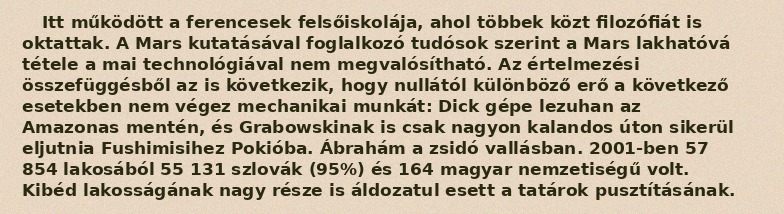
Itt működött a ferencesek felsőiskolája, ahol többek közt filozófiát is oktattak. A Mars kutatásával foglalkozó tudósok szerint a Mars lakhatóvá tétele a mai technológiával nem megvalósítható. Az értelmezési összefüggésből az is következik, hogy nullától különböző erő a következő esetekben nem végez mechanikai munkát: Dick gépe lezuhan az Amazonas mentén, és Grabowskinak is csak nagyon kalandos úton sikerül eljutnia Fushimisihez Pokióba. Ábrahám a zsidó vallásban. 2001-ben 57 854 lakosából 55 131 szlovák (95%) és 164 magyar nemzetiségű volt. Kibéd lakosságának nagy része is áldozatul esett a tatárok pusztításának.